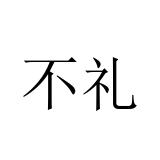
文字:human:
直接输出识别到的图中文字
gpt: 不礼